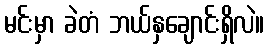
မင်းမှာ ခဲတံ ဘယ်နှချောင်းရှိလဲ။